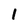
Character: i